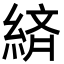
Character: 緕